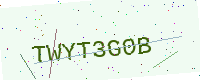
Text: TWYT3G0B